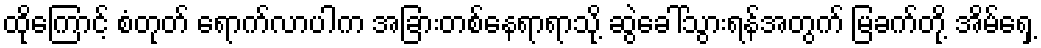
ထိုကြောင့် စံတုတ် ရောက်လာပါက အခြားတစ်နေရာရာသို့ ဆွဲခေါ်သွားရန်အတွက် မြခက်တို့ အိမ်ရှေ့